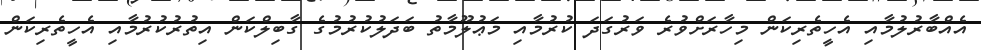
އެއްބާރުލުމާއި އެހީތެރިކަން މިހާރަށްވުރެ ވަރުގަދަ ކުރުމާއި މަޢުލޫމާތު ބަދަލުކުރުމުގެ ގާބިލްކަން އިތުރުކުރުމާއި އެހީތެރިކަން